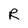
Character: R